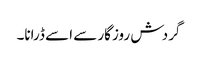
گردش روزگار سے اسے ڈرانا۔